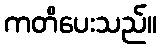
ကတိပေးသည်။